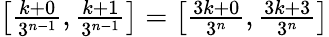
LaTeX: \textstyle\left[{\frac{k+0}{3^{n-1}}},{\frac{k+1}{3^{n-1}}}\right]=\left[{\frac{3k+0}{3^{n}}},{\frac{3k+3}{3^{n}}}\right]